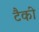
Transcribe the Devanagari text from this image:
टैकी